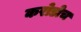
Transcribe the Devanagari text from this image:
करोडोच